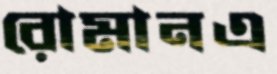
রোমানএ